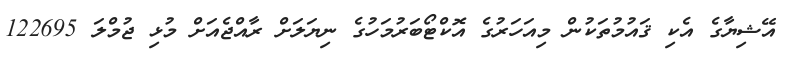
އޭޝިޔާގެ އެކި ޤައުމުތަކުން މިއަހަރުގެ އޮކްޓޯބަރުމަހުގެ ނިޔަލަށް ރާއްޖެއަށް މުޅި ޖުމްލަ 122695